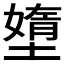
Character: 𱘂